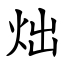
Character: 炪